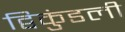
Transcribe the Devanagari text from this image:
द्विकुंडली